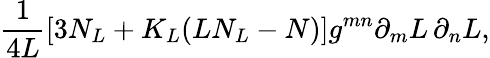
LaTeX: \frac{1}{4L}\left[3N_{L}+K_{L}(LN_{L}-N)\right]g^{mn}\partial_{m}L\, \partial_{n}L,